Report on lock hospitals in British Burma
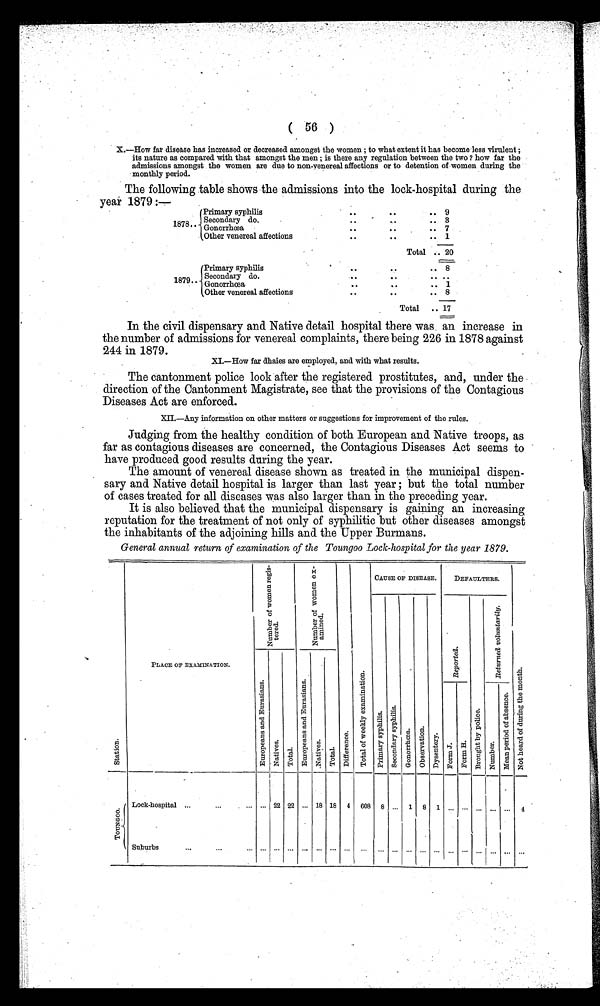
X.—How far disease has increased or decreased amongst the women ; to what extent it has become less virulent ;
its nature as compared with that amongst the men ; is there any regulation between the two ? how far the
admissions amongst the women are due to non-venereal affections or to detention of women during the
monthly period.
The following table shows the admissions into the lock-hospital during the
year 1879 :—
Primary syphilis
1878 .
Secondary do.
Gonorrhoea
Other venereal affections
..
. .
9
..
..
3
..
..
7
..
.. 1
Total .. 20
Primary syphilis
Secondary do.
1879 . Gonorrhoea
1 8 7 9 .
.
Other venereal affections
.. 8
..
..
..
. .
. .
..
1
.
. . .
. .
8
Total
.. 17
In the civil dispensary and Native detail hospital there was an increase in
the number of admissions for venereal complaints, there being 226 in 1878 against
244 in 1879.
.
XI.—How far dhaies are employed, and with what results.
The cantonment police look after the registered prostitutes, and, under the
direction of the Cantonment Magistrate, see that the provisions of the Contagious
Diseases Act are enforced.
X I I . — A n y i n f o r m a t i o n o n o t h e r m a t t e r s o r s u g g e s t i o n s f o r i m p r o v e m e n t o f t h e r u l e s .
Judging from the healthy condition of both European and Native troops, as
far as contagious diseases are concerned, the Contagious Diseases Act seems to
have produced good results during the year.
The amount of venereal disease shown as treated in the municipal dispen-
sary and Native detail hospital is larger than last year ; but the total number
of cases treated for all diseases was also larger than in the preceding year.
It is also believed that the municipal dispensary is gaining an increasing
reputation for the treatment of not only of syphilitic but other diseases amongst
the inhabitants of the adjoining hills and the Upper Burmans.
General annual return of examination of the Toungoo Lock-hospital for the year 1879.
S t a t i o n .
PLACE OF EXAMINATION.
N u m b e r o f w o m e n r e g i s - t e r e d .
N u m b e r o f w o m e n e x - a m i n e d .
D i f f e r
e n c e
.
T o t a l o f w e e k l y e x a m i n a t i o n .
CAUSE OF DISEASE.
DEFAULTERS.
N o t h e a r d o f d u r i n g t h e m o n t h .
P r i m a r y s y p h i l i s .
S e c o n d a r y s y p h i l i s .
G o n o r r h o e a . O b s e r v a t i o n . D y s e n t e r y .
R e p o r t e d .
B r o u g h t b y p o l i c e .
R e t u r n e d v o l u n t a r i l y .
E u r o p e a n s a n d E u r a s i a n s .
N a t i v e s .
T o t a l .
E u r o p e a n s a n d E u r a s i a n s .
N a t i v e s .
T o t a l .
F o r m J . F o r m H .
N u m b e r .
M e a n p e r i o d o f a b s e n c e .
T O U N G O O .
Lock-hospital ...
... ... . . . 22 22 ... 18 18 4 608 8 ... 1 8 1 ... . . . . . . . . ... 4
Suburbs
...
...
. . . . . . . . . . . . . . . . . . . . . . .
. . .
. . . . . . . . . . . . . . . . . . . . . . . . . . . . . .
. . .